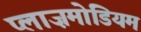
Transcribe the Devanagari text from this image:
प्लाज़मोडियम